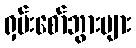
ရှမ်းစော်ဘွားများ